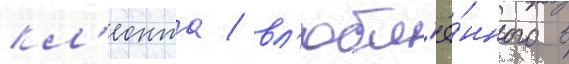
кл'еонта / вл'юбл'ё́нного в